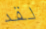
لقد